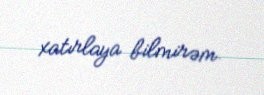
xatırlaya bilmirəm.